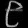
Digit: ၉